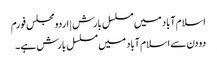
اسلام آباد میں مسلسل بارش | اردو مجلس فورم
دو دن سے اسلام آباد میں مسلسل بارش ہے ۔